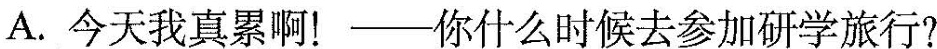
A.今天我真累啊！——你什么时候去参加研学旅行?